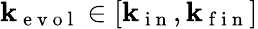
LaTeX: \mathbf{k}_{\mathrm{{~e~v~o~l~}}}\in[\mathbf{k}_{\mathrm{{~i~n~}}},\mathbf{k}_{\mathrm{{~f~i~n~}}}]